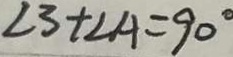
\angle 3 + \angle A = 9 0 ^ { \circ }